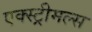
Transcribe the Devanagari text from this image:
एक्स्ट्रीमल्स